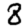
Digit: 8